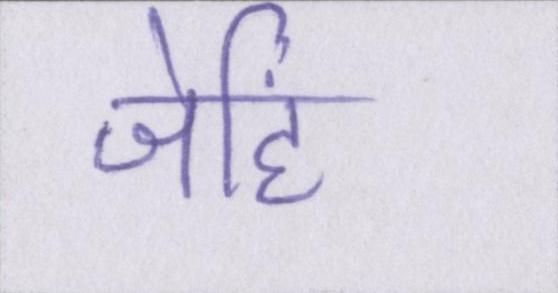
जेहिं